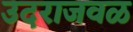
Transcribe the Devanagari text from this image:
उदराजवळ